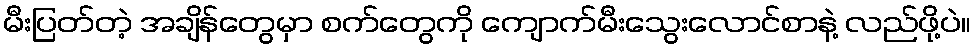
မီးပြတ်တဲ့ အချိန်တွေမှာ စက်တွေကို ကျောက်မီးသွေးလောင်စာနဲ့ လည်ဖို့ပဲ။